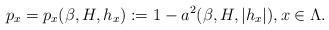
LaTeX: \begin{align*}p_x=p_x(\beta,H,h_x):=1-a^2(\beta,H,|h_x|), x\in\Lambda.\end{align*}